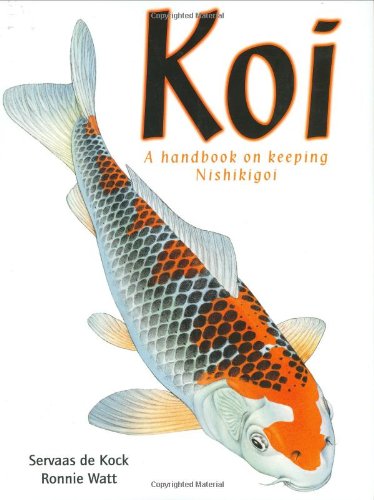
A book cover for Koi: A Handbook on Keeping Nishikigoi; Servaas Kock; Crafts, Hobbies & Home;